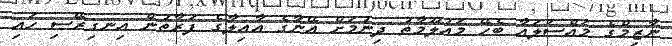
ނާޒިމްގެ މައްސަލައާ ބެހޭ މައުލޫމާތު ދިނުމަށް އޭނާގެ އާއިލާގެ ފަރާތުން އިނގިރޭސި ހައި